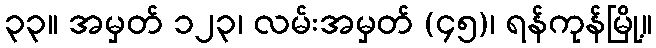
၃၃။ အမှတ် ၁၂၃၊ လမ်းအမှတ် (၄၅)၊ ရန်ကုန်မြို့။